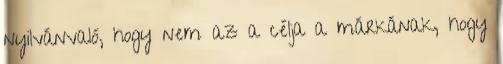
nyilvánvaló, hogy nem az a célja a márkának, hogy